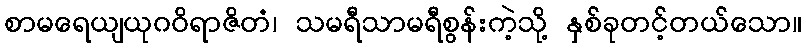
စာမရေယျယုဂဝိရာဇိတံ၊ သမရီသာမရီစွန်းကဲ့သို့ နှစ်ခုတင့်တယ်သော။